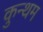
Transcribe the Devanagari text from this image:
कुन्थम